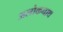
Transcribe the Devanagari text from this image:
अलोकनाथ